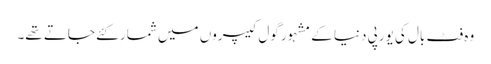
وہ فٹ بال کی یورپی دنیا کے مشہور گول کیپروں میں شمار کئے جاتے تھے۔